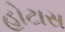
હોટાસ